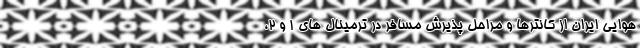
هوایی ایران از کانترها و مراحل پذیرش مسافر در ترمینال های ۱ و ۲،